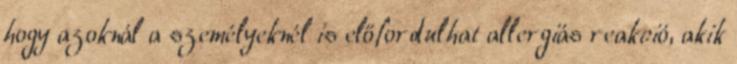
hogy azoknál a személyeknél is előfordulhat allergiás reakció, akik